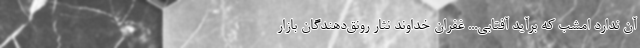
آن ندارد امشب که برآید آفتابی... غفران خداوند نثار رونق‌دهندگان بازار